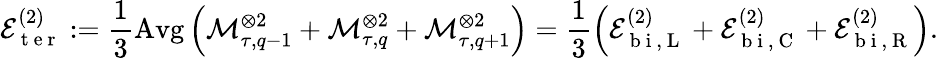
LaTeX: \mathcal{E}_{\mathrm{~t~e~r~}}^{(2)}:=\frac{1}{3}\operatorname{Avg}\left(\mathcal{M}_{\tau,q-1}^{\otimes 2}+\mathcal{M}_{\tau,q}^{\otimes 2}+\mathcal{M}_{\tau,q+1}^{\otimes 2}\right)=\frac{1}{3}\left(\mathcal{E}_{\mathrm{~b~i~},\mathrm{~L~}}^{(2)}+\mathcal{E}_{\mathrm{~b~i~},\mathrm{~C~}}^{(2)}+\mathcal{E}_{\mathrm{~b~i~},\mathrm{~R~}}^{(2)}\right).